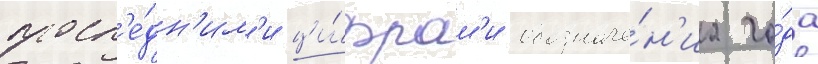
посл'е́дн'им'и ци́фрам'и обозначе́н'иа го́да